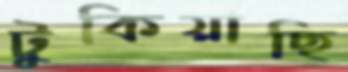
টুকিয়াছি